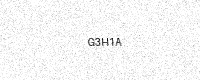
Text: G3H1A